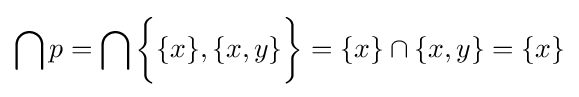
\bigcap p=\bigcap {\bigg \{}\{x\},\{x,y\}{\bigg \}}=\{x\}\cap \{x,y\}=\{x\}